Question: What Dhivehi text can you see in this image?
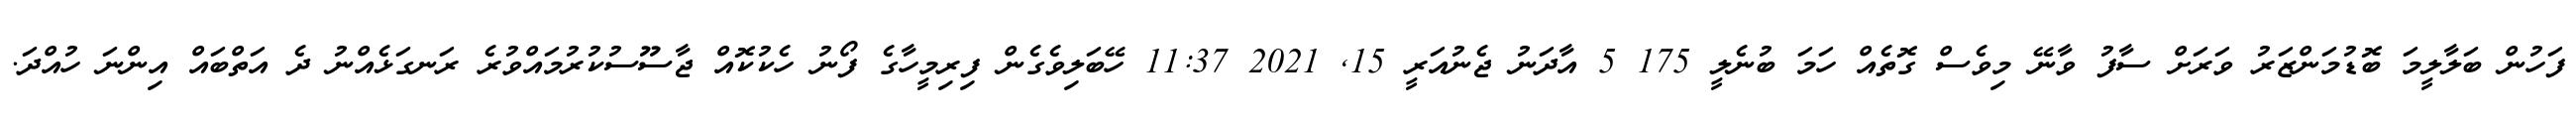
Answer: ފަހުން ބަލާލީމަ ބޮޑުމަންޒަރު ވަރަށް ސާފު ވާނޭ މިވެސް ގޮތެއް ހަމަ ބުނެލީ 175 5 އާދަނު ޖެނުއަރީ 15, 2021 11:37 ހޭބަލިވެގެން ފިރިމީހާގެ ފޯނު ހެކުކޮއް ޖާސޫސުކުރުމައްވުރެ ރަނގަޅެއްނު ދެ އަތްބައް އިންނަ ހުއްދަ.